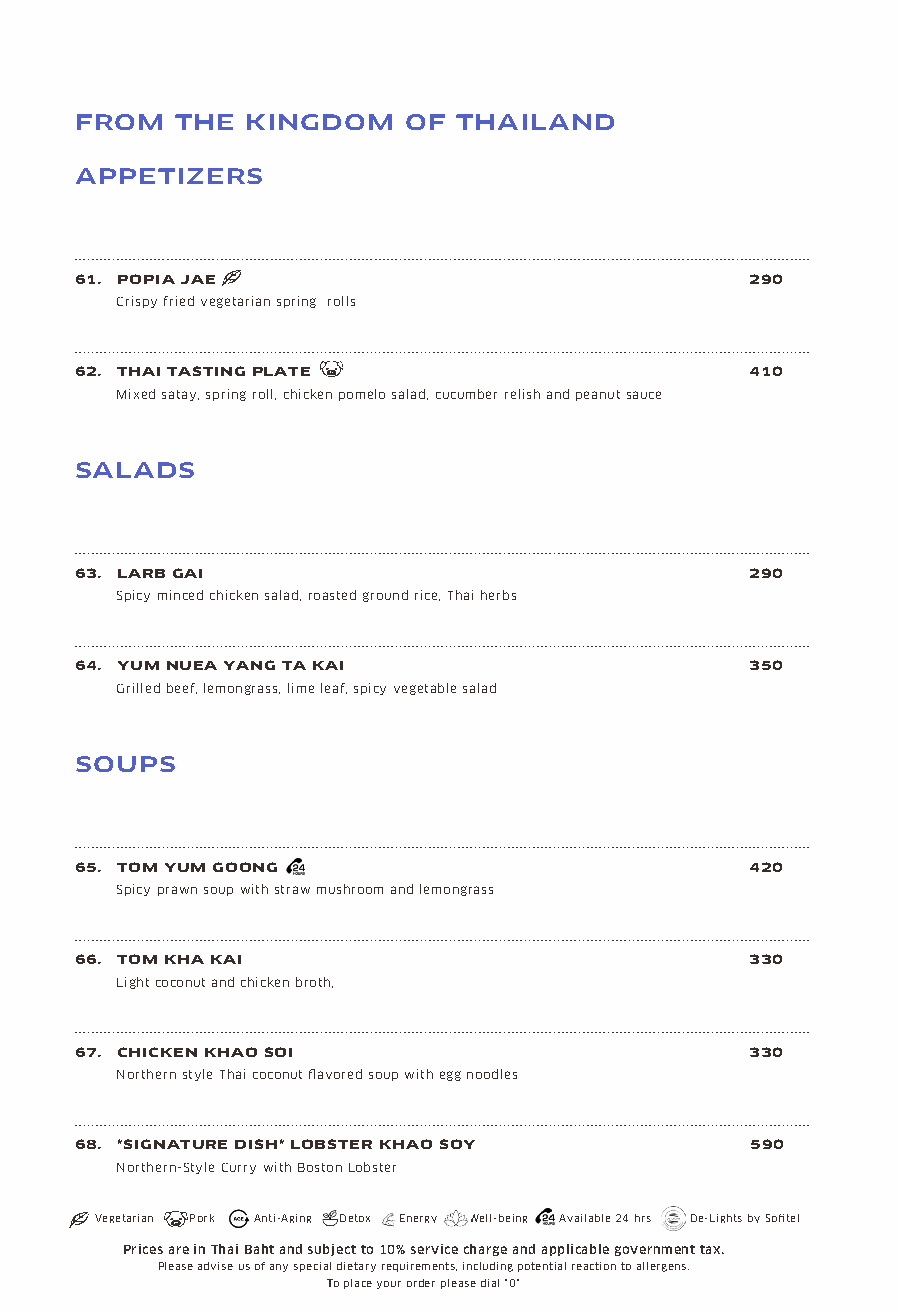
FROM   THE KINGDOM    OF THAILAND
 APPETIZERS
 61. POPIA JAE                                290
 Crispy fried vegetarian spring rolls
 62. THAI TASTING PLATE                       410
 Mixed satay, spring roll, chicken pomelo salad, cucumber relish and peanut sauce
 SALADS
 63. LARB GAI                                 290
 Spicy minced chicken salad, roasted ground rice, Thai herbs
 64. YUM NUEA YANG TA KAI                     350
 Grilled beef, lemongrass, lime leaf, spicy vegetable salad
 SOUPS
 65. TOM YUM GOONG                            420
 Spicy prawn soup with straw mushroom and lemongrass
 66. TOM KHA KAI                              330
 Light coconut and chicken broth,
 67. CHICKEN KHAO SOI                         330
 Northern style Thai coconut flavored soup with egg noodles
 68. *SIGNATURE DISH* LOBSTER KHAO SOY        590
 Northern-Style Curry with Boston Lobster
 Vegetarian Pork Anti-Aging Detox Energy Well-being Available 24 hrs De-Lights by Sofitel
 Prices are in Thai Baht and subject to 10% service charge and applicable government tax.
 Please advise us of any special dietary requirements, including potential reaction to allergens.
 To place your order please dial "0"